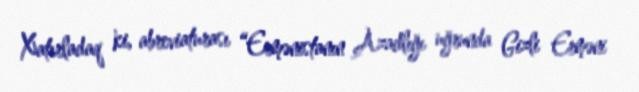
Xatırladaq ki, abreviaturası “Ermənistanın Azadlığı uğrunda Gizli Erməni